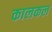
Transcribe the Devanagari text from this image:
कालकल